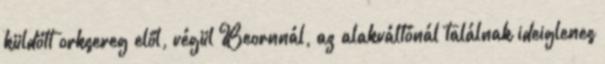
küldött orksereg elől, végül Beornnál, az alakváltónál találnak ideiglenes